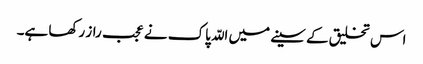
اس تخلیق کے سینے میں اللّہ پاک نے عجب راز رکھا ہے۔